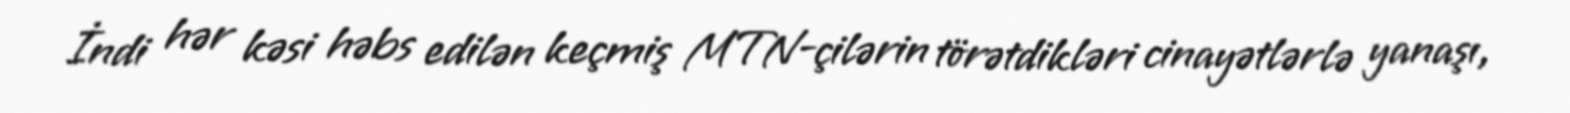
İndi hər kəsi həbs edilən keçmiş MTN-çilərin törətdikləri cinayətlərlə yanaşı,